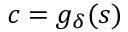
c = g _ { \delta } ( s )